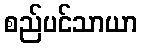
စည်ပင်သာယာ